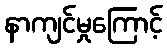
နာကျင်မှုကြောင့်